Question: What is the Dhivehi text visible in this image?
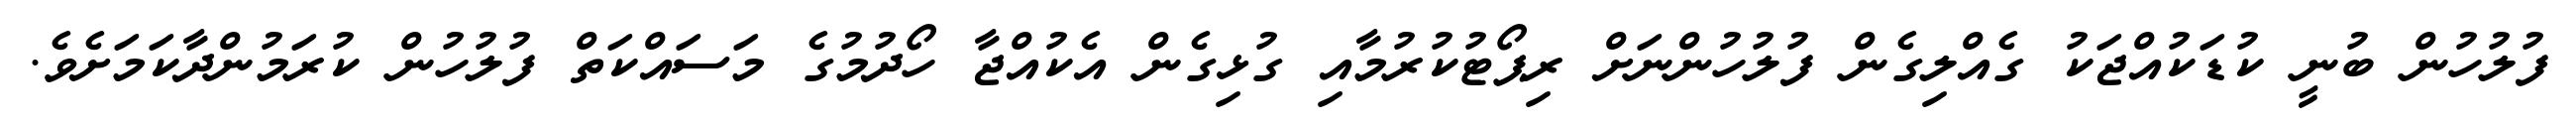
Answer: ފުލުހުން ބުނީ ކުޑަކުއްޖަކު ގެއްލިގެން ފުލުހުންނަށް ރިޕޯޓުކުރުމާއި ގުޅިގެން އެކުއްޖާ ހޯދުމުގެ މަސައްކަތް ފުލުހުން ކުރަމުންދާކަމަށެވެ.